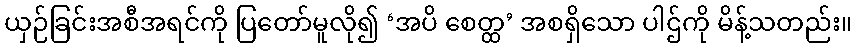
ယှဉ်ခြင်းအစီအရင်ကို ပြတော်မူလို၍ ‘အပိ စေတ္ထ’ အစရှိသော ပါဌ်ကို မိန့်သတည်း။